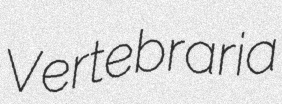
Vertebraria